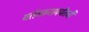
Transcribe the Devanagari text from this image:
वर्तमानापर्यंतची